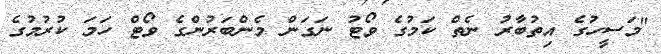
"މަސީހުގެ އިތުބާރު ނެތް ކަމުގެ ވޯޓު ނަގަން މެންބަރުންގެ ވޯޓް ހަމަ ކުރުމުގެ